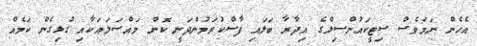
އެހެން ނަމަވެސް ސިޓީކައުންސިލްގެ އިދާރާ ބަލައި ފާސްކުރަމުންދަނީ ކޮން މައްސަލައަކާއި ގުޅިގެން ކަމެއް